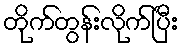
တိုက်တွန်းလိုက်ပြီး